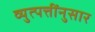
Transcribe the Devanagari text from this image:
व्युत्पत्तींनुसार